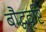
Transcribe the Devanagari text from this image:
बौद्धदृष्टि